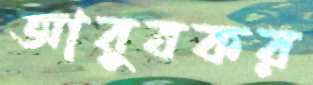
আবুবকর